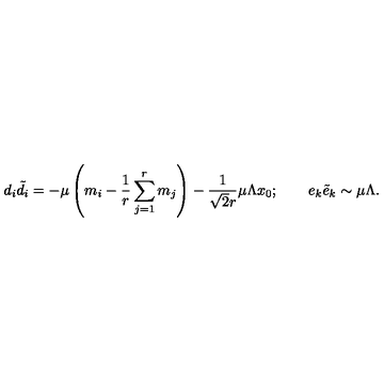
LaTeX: d _ { i } { \tilde { d } _ { i } } = - \mu \left( m _ { i } - \frac { 1 } { r } \sum _ { j = 1 } ^ { r } m _ { j } \right) - \frac { 1 } { \sqrt { 2 } r } \mu \Lambda x _ { 0 } ; \qquad e _ { k } { \tilde { e } } _ { k } \sim \mu \Lambda .